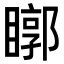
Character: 䁨